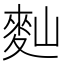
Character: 䴮